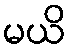
မယိ